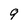
Character: 9